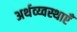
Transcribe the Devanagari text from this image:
अर्थव्य्वस्थाएँ